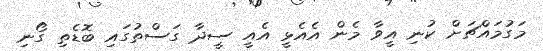
މަގުމައްޗަށް ކުނި އީވާ މެން އެއެޅީ އެއީ ސީދާ ގަސްތުގައި ބޮޑެތި ގޯނި